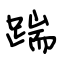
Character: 踹